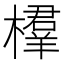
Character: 𣜘